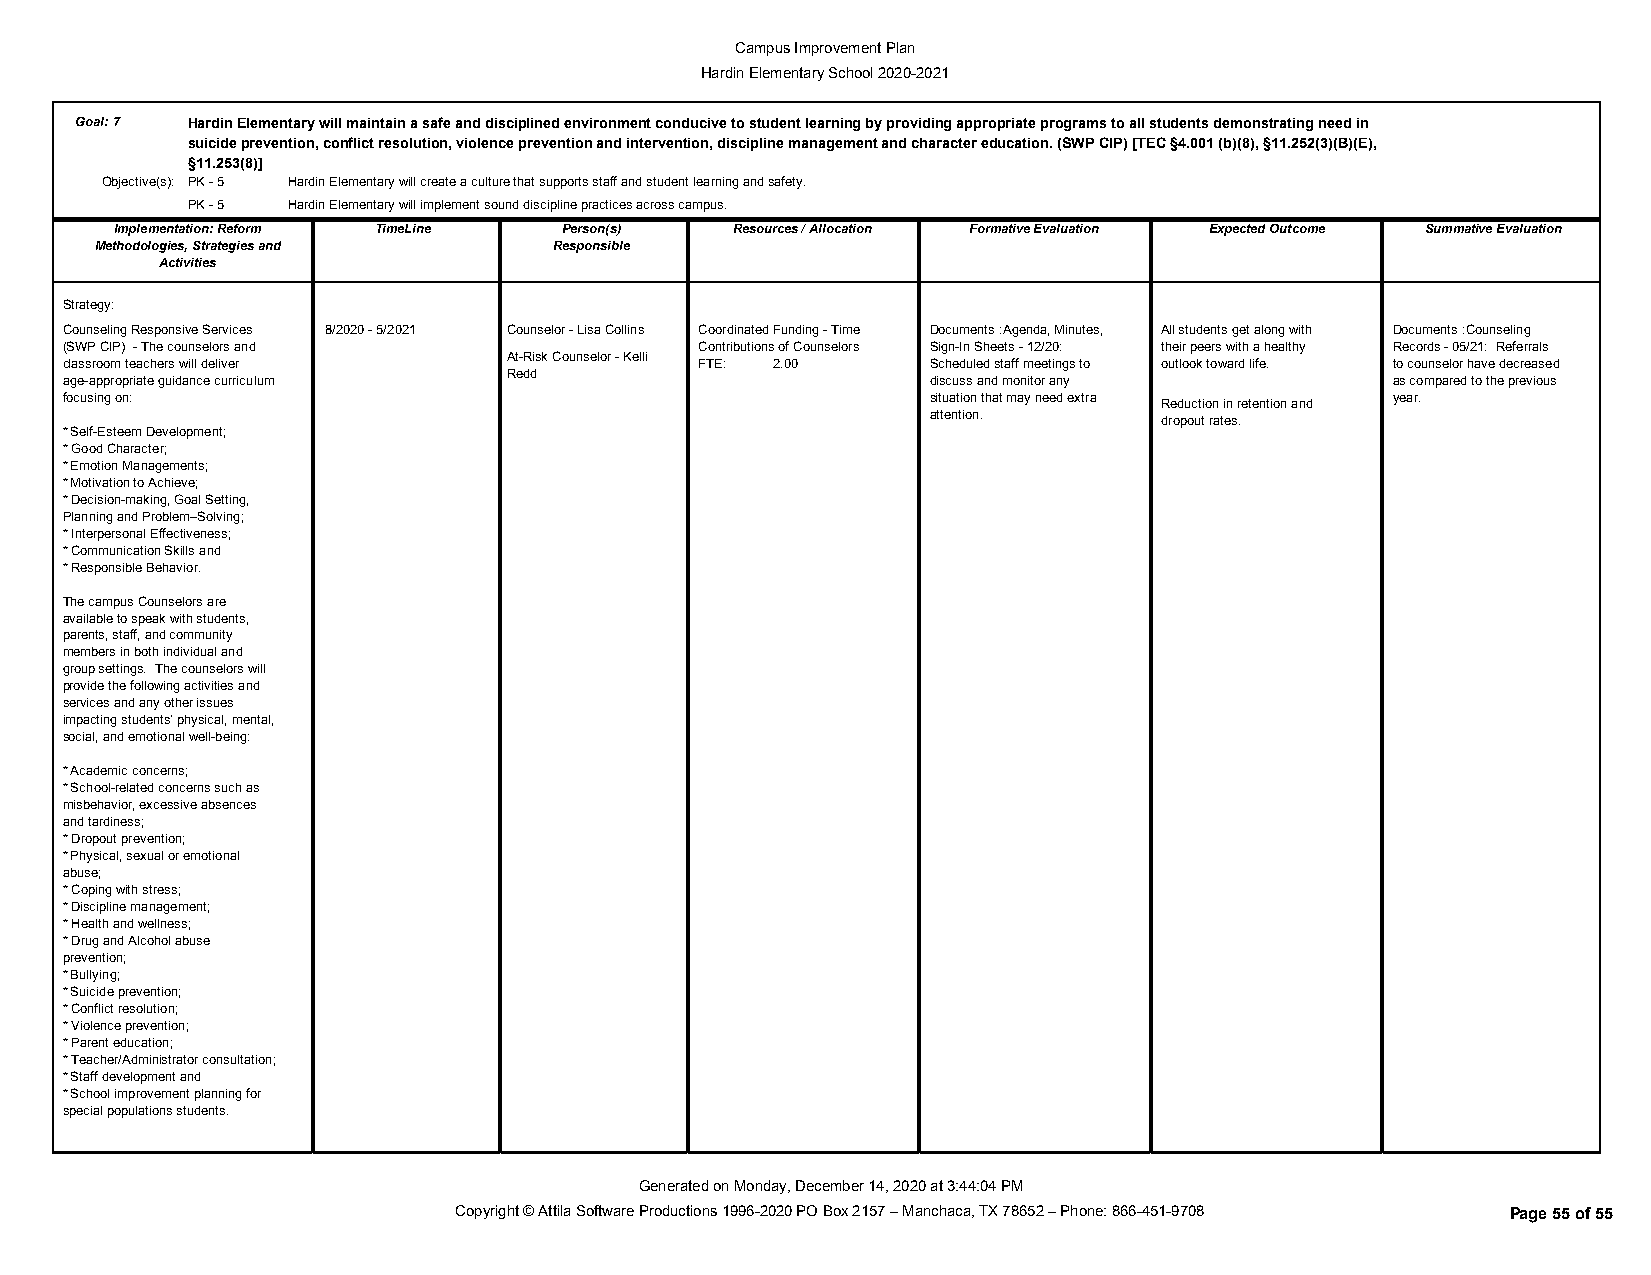
Campus Improvement Plan
 Hardin Elementary School 2020-2021
 Goal:7 Hardin Elementary will maintain a safe and disciplined environment conducive to student learning by providing appropriate programs to all students demonstrating need in
 suicide prevention, conflict resolution, violence prevention and intervention, discipline management and character education. (SWP CIP) [TEC §4.001 (b)(8), §11.252(3)(B)(E),
 §11.253(8)]
 Objective(s): PK - 5 Hardin Elementary will create a culture that supports staff and student learning and safety.
 PK - 5 Hardin Elementary will implement sound discipline practices across campus.
 Implementation: Reform TimeLine Person(s) Resources / Allocation Formative Evaluation Expected Outcome Summative Evaluation
 Methodologies, Strategies and  Responsible
 Activities
 Strategy:
 Counseling Responsive Services 8/2020 - 5/2021 Counselor - Lisa Collins Coordinated Funding - Time Documents :Agenda, Minutes, All students get along with Documents :Counseling
 (SWP CIP) - The counselors and            Contributions of Counselors Sign-In Sheets - 12/20: their peers with a healthy Records - 05/21: Referrals
 At-Risk Counselor - Kelli
 classroom teachers will deliver           FTE: 2.00       Scheduled staff meetings to outlook toward life. to counselor have decreased
 Redd
 age-appropriate guidance curriculum                       discuss and monitor any       as compared to the previous
 focusing on:                                              situation that may need extra Reduction in retention and year.
 attention.     dropout rates.
 * Self-Esteem Development;
 * Good Character;
 * Emotion Managements;
 * Motivation to Achieve;
 * Decision-making, Goal Setting,
 Planning and Problem–Solving;
 * Interpersonal Effectiveness;
 * Communication Skills and
 * Responsible Behavior.
 The campus Counselors are
 available to speak with students,
 parents, staff, and community
 members in both individual and
 group settings. The counselors will
 provide the following activities and
 services and any other issues
 impacting students’ physical, mental,
 social, and emotional well-being:
 * Academic concerns;
 * School-related concerns such as
 misbehavior, excessive absences
 and tardiness;
 * Dropout prevention;
 * Physical, sexual or emotional
 abuse;
 * Coping with stress;
 * Discipline management;
 * Health and wellness;
 * Drug and Alcohol abuse
 prevention;
 * Bullying;
 * Suicide prevention;
 * Conflict resolution;
 * Violence prevention;
 * Parent education;
 * Teacher/Administrator consultation;
 * Staff development and
 * School improvement planning for
 special populations students.
 Generated on Monday, December 14, 2020 at 3:44:04 PM
 Copyright © Attila Software Productions 1996-2020 PO Box 2157 – Manchaca, TX 78652 – Phone: 866-451-9708 Page 55 of 55